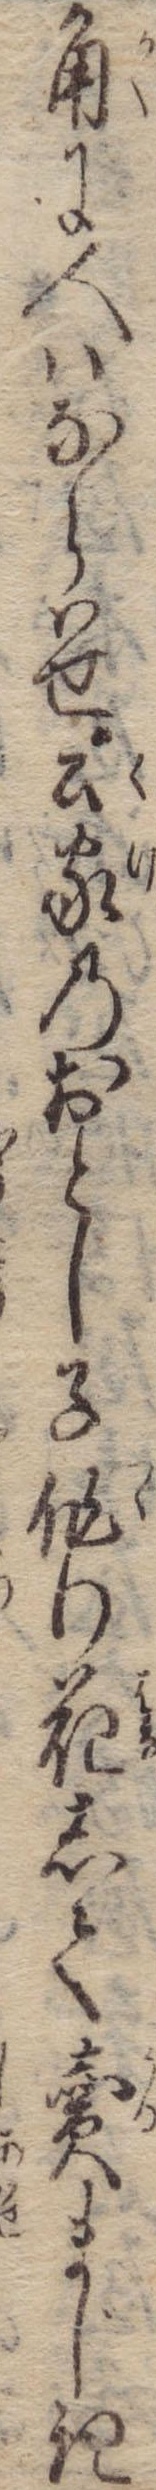
角に人はならはせ公家のおとし子作り花して売まじき